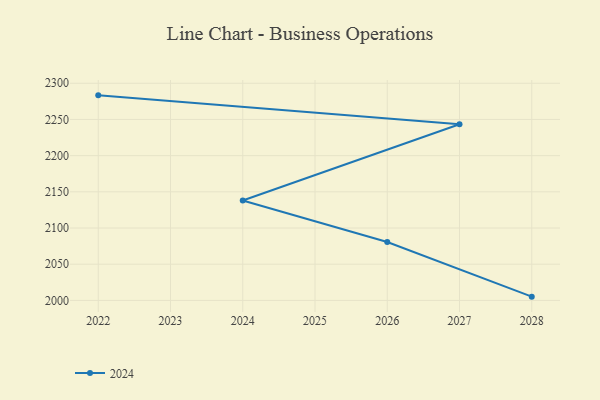
{"axis": {"x": "Year", "y": "LTV (USD)"}, "legend": ["2024"], "data": [{"x": "2028", "y": 2005.2, "type": "2024"}, {"x": "2026", "y": 2080.7, "type": "2024"}, {"x": "2024", "y": 2138.1, "type": "2024"}, {"x": "2027", "y": 2243.3, "type": "2024"}, {"x": "2022", "y": 2283.3, "type": "2024"}]}